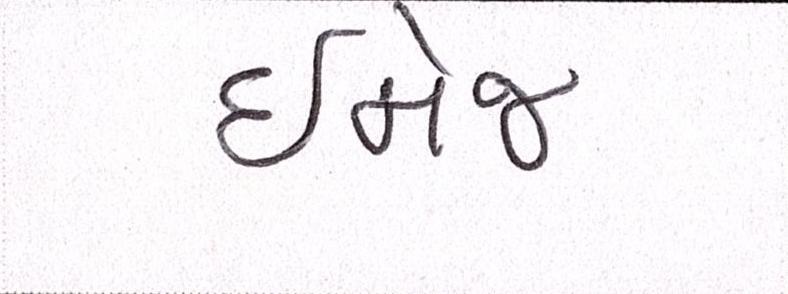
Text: ઇમેજ